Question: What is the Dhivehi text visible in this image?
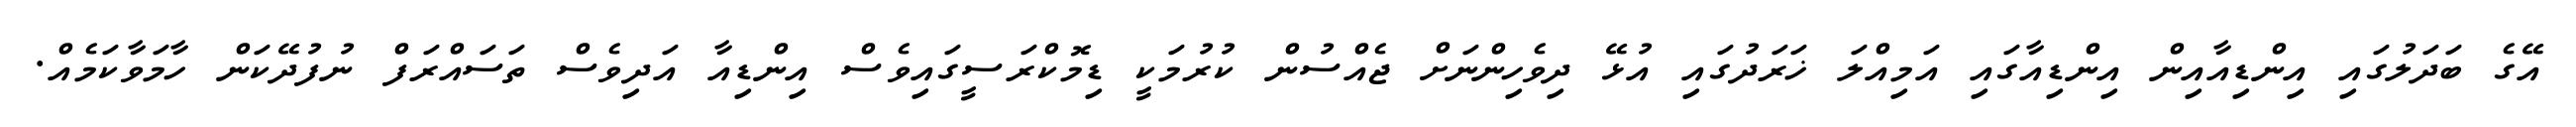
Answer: އޭގެ ބަދަލުގައި އިންޑިއާއިން އިންޑިއާގައި އަމިއްލަ ޚަރަދުގައި އުޅޭ ދިވެހިންނަށް ޖެއްސުން ކުރުމަކީ ޑިމޮކްރަސީގައިވެސް އިންޑިއާ އަދިވެސް ތަސައްރަފް ނުފުދޭކަން ހާމަވާކަމެއް.